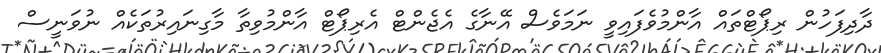
ދާދިފަހުން ރިޕޯޓްތައް އާންމުވެފައިވީ ނަމަވެސް އޭނާގެ އެޖެންޓް އެރިޕޯޓް އާންމުވިތާ މާގިނައިރުތަކެއް ނުވަނީސް